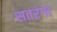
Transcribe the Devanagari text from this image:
सतरंगा